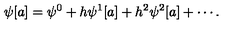
\psi [ a ] = \psi ^ { 0 } + h \psi ^ { 1 } [ a ] + h ^ { 2 } \psi ^ { 2 } [ a ] + \cdots .